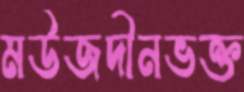
মউজদীনভক্ত